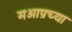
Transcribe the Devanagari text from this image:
मआप्रच्या